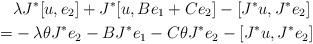
LaTeX: \begin{align*} & \lambda J^*[u,e_2] + J^*[u,Be_1+Ce_2]-[J^*u,J^*e_2] \\ =&-\lambda\theta J^*e_2 -BJ^*e_1-C\theta J^*e_2 -[J^*u,J^*e_2] \end{align*}